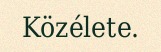
Közélete.